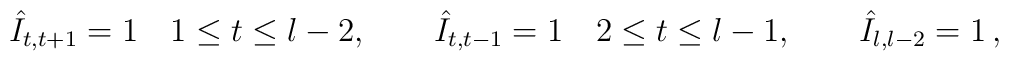
\hat{I}_{t,t+1}=1\quad 1\leq t\leq l-2,\quad \quad \hat{I}_{t,t-1}=1\quad2\leq t\leq l-1,\quad \quad \hat{I}_{l,l-2}=1\,,